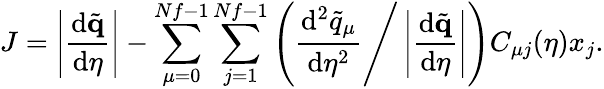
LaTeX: J=\left|\frac{\mathrm{d}\tilde{\mathbf{q}}}{\mathrm{d}\eta}\right|-\sum_{\mu=0}^{Nf-1}\sum_{j=1}^{Nf-1}\left(\frac{\mathrm{d}^{2}\tilde{q}_{\mu}}{\mathrm{d}\eta^{2}}\Bigg/\left|\frac{\mathrm{d}\tilde{\mathbf{q}}}{\mathrm{d}\eta}\right|\right)C_{\mu j}(\eta)x_{j}.